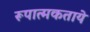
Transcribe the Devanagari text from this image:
रूपात्मकताये